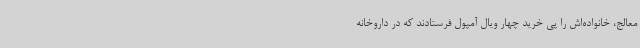
معالج، خانواده‌اش را پی خرید چهار ویال آمپول فرستادند که در داروخانه